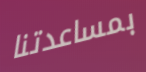
بمساعدتنا